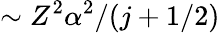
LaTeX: \sim Z^{2}\alpha^{2}/(j+1/2)